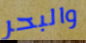
والبحر